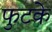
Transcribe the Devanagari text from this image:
फुटके